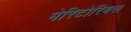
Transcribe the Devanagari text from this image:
मेरिटोरियस